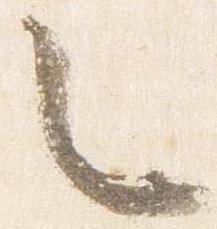
々